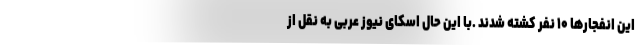
این انفجارها ۱۰ نفر کشته شدند .با این حال اسکای نیوز عربی به نقل از